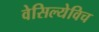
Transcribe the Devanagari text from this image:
वेसिल्येविच